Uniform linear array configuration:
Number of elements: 24
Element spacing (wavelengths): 1
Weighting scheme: blackman
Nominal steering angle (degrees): -60
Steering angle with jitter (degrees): -58.425
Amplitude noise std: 0.05
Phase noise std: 0.05

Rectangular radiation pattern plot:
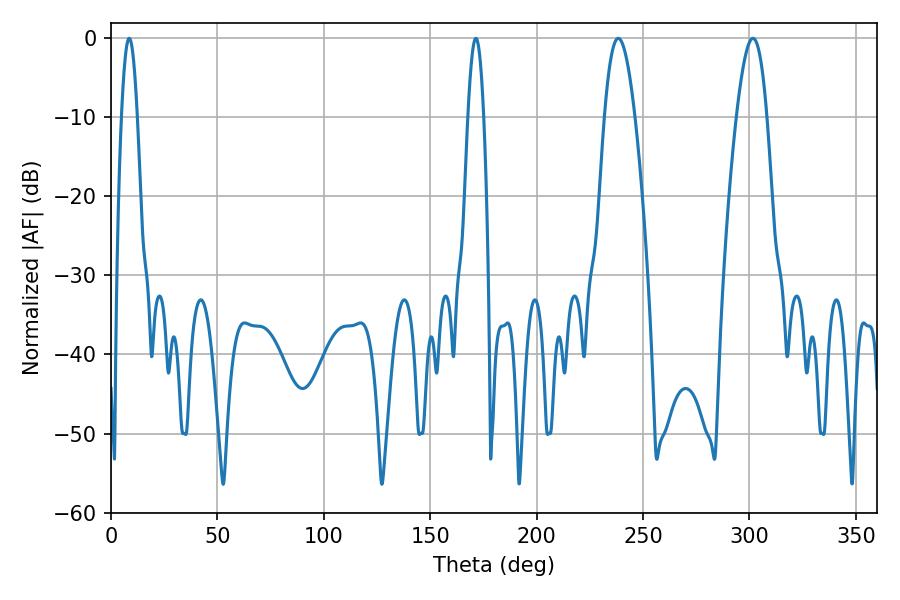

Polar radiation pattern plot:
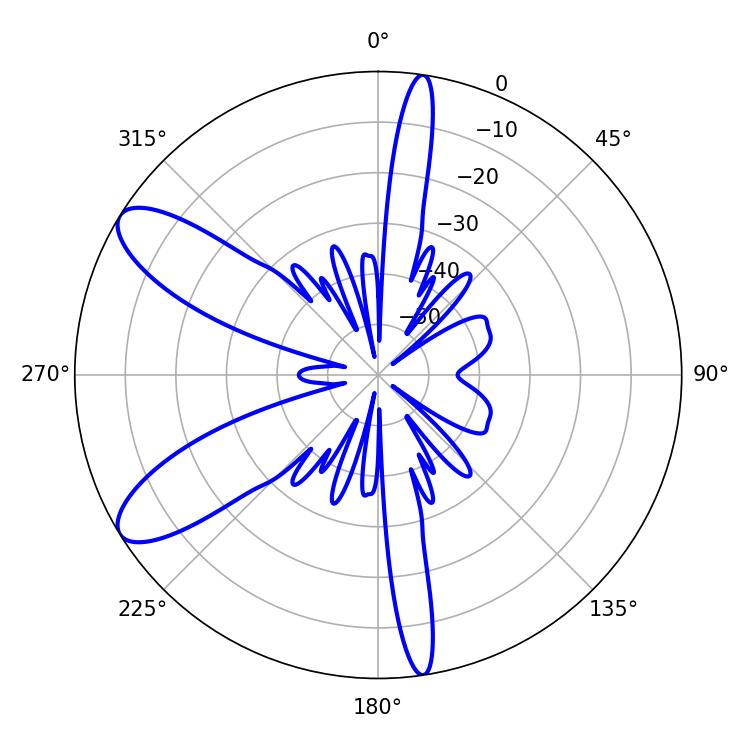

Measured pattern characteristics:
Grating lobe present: TRUE
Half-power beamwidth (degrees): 7.74
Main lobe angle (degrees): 238.32